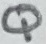
Text: Q